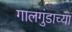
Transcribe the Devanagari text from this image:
गालगुंडाच्या